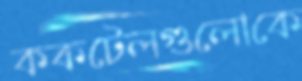
ককটেলগুলোকে